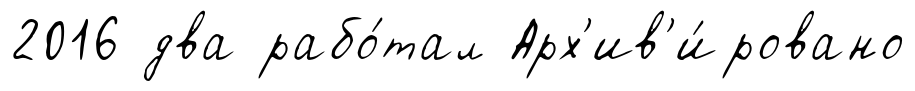
2016 два рабо́тал Арх'ив'и́ровано